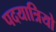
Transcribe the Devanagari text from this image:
पदयात्रियो